Civil Veterinary Dept. Bombay admin report 1893-99 - 1893-1899
Year: 1893
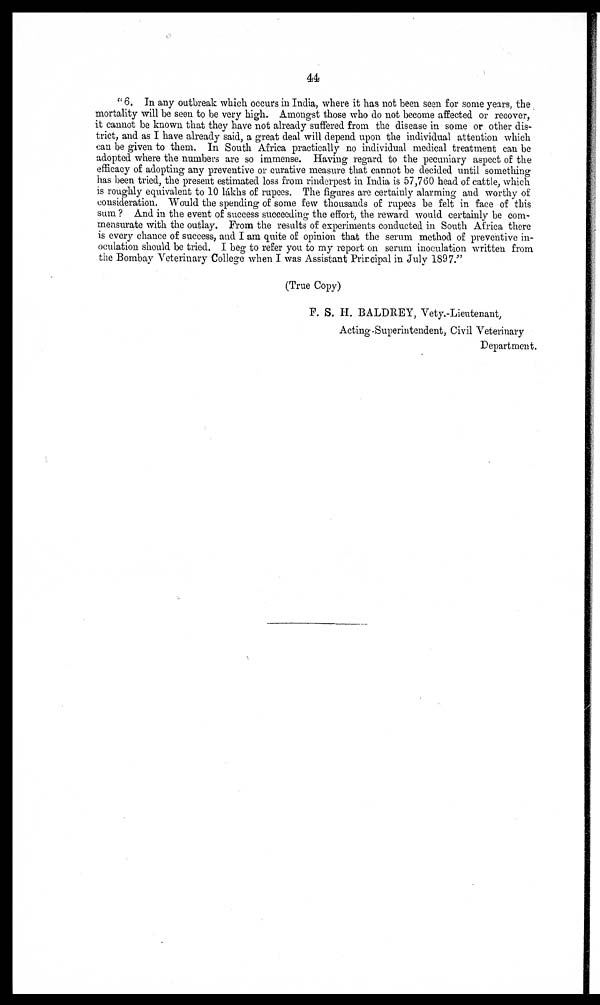
44
"6. In any outbreak which occurs in India, where it has not been seen for some years, the
mortality will be seen to be very high. Amongst those who do not become affected or recover,
it cannot be known that they have not already suffered from the disease in some or other dis-
trict, and as I have already said, a great deal will depend upon the individual attention which
can be given to them. In South Africa practically no individual medical treatment can be
adopted where the numbers are so immense. Having regard to the pecuniary aspect of the
efficacy of adopting any preventive or curative measure that cannot be decided until something
has been tried, the present estimated loss from rinderpest in India is 57,760 head of cattle, which
is roughly equivalent to 10 lákhs of rupees. The figures are certainly alarming and worthy of
consideration. Would the spending of some few thousands of rupees be felt in face of this
sum? And in the event of success succeeding the effort, the reward would certainly be com-
mensurate with the outlay. From the results of experiments conducted in South Africa there
is every chance of success, and I am quite of opinion that the serum method of preventive in-
oculation should be tried. I beg to refer you to my report on serum inoculation written from
the Bombay Veterinary College when I was Assistant Principal in July 1897."
(True Copy)
F. S. H. BALDREY, Vety.-Lieutenant,
Acting.Superintendent, Civil Veterinary
Department.